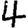
Digit: 4